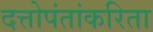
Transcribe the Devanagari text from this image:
दत्तोपंतांकरिता